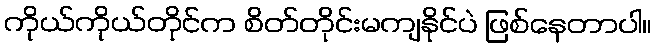
ကိုယ်ကိုယ်တိုင်က စိတ်တိုင်းမကျနိုင်ပဲ ဖြစ်နေတာပါ။